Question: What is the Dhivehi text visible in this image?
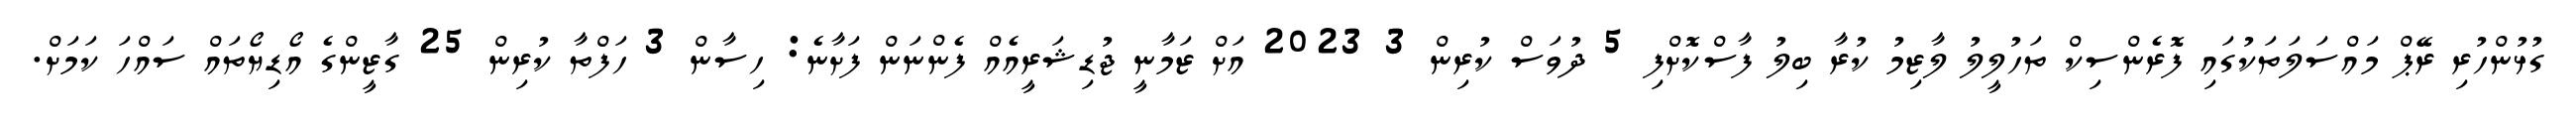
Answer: ގުޅުންހުރި ރޭޕް މައްސަލަތަކުގައި ފޮރެންސިކް ތަހުލީލު ލާޒިމު ކުރާ ބިލު ފާސްކޮށްފި 5 ދުވަސް ކުރިން 3 2023 އަށް ޒަމާނީ ޖުޑިޝަރީއެއް ފެންނަން ފަށާނެ: ހިސާން 3 ހަފްތާ ކުރިން 25 ގާޒީންގެ އޯޑިޔޯތައް ސައްހަ ކަމަށް.